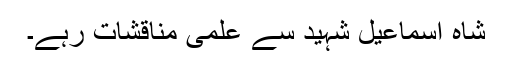
شاہ اسماعیل شہید سے علمی مناقشات رہے۔